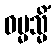
ဓမ္မသ္မိံ